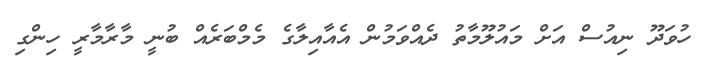
ހުވަދޫ ނިއުސް އަށް މައުލޫމާތު ދެއްވަމުން އެއާއިލާގެ މެމްބަރެެއް ބުނީ މާރާމާރީ ހިންގި